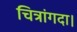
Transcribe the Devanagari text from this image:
चित्रांगदा।